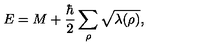
E = M + { \frac { \hbar } { 2 } } \sum _ { \rho } \sqrt { \lambda ( \rho ) } ,